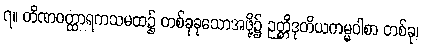
၇။ တိဏဝတ္ထာရကသမထ၌ တစ်ခုခုသောအဖို့၌ ဉတ္တိဒုတိယကမ္မဝါစာ တစ်ခု၊